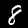
Digit: 8